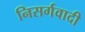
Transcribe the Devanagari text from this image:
निसर्गवादी